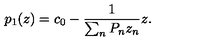
p _ { 1 } ( z ) = c _ { 0 } - \frac { 1 } { \sum _ { n } P _ { n } z _ { n } } z .